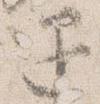
退